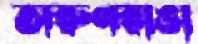
অরুণরাঙা